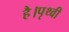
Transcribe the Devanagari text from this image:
है।पृथ्वी